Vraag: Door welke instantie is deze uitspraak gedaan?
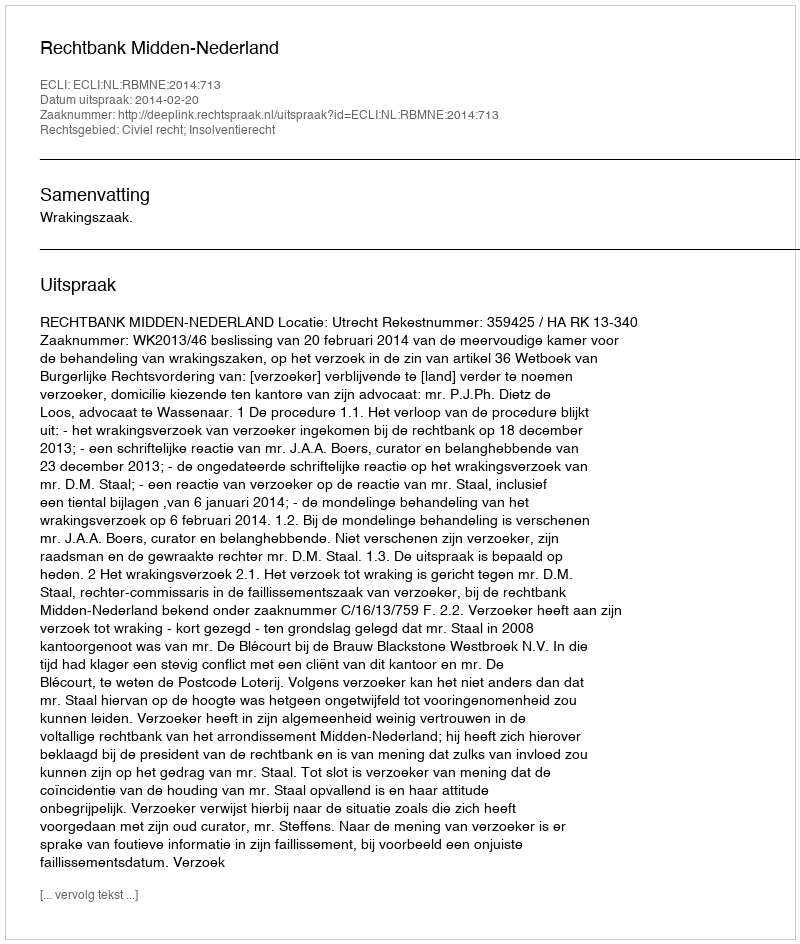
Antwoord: Rechtbank Midden-Nederland